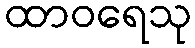
ထာဝရေသု